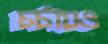
চর্চায়ও